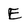
Character: E